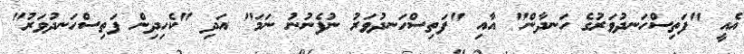
އެއީ "ފަތިސްހަނދުވަރުގެ ހަނދާން" އާއި "ފަތިސްހަނދުވަރު ނުފެނުނު ނަމަ" އަދި "ކެހިދިން ފަތިސްހަނދުވަރު"